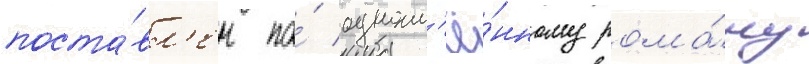
поста́вл'ен по́ одноим'ё́нному рома́ну